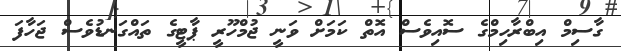
ގާސިމް އިބްރާހިމްގެ ސޮއިވެސް އޮތް ކަމަށް ވަނީ ޖުމްހޫރީ ޕާޓީގެ ތައްގަނޑުވެސް ޖަހާފަ